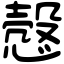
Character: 慤